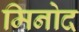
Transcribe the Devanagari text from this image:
मिनोद